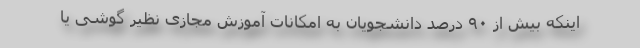
اینکه بیش از ۹۰ درصد دانشجویان به امکانات آموزش مجازی نظیر گوشی یا